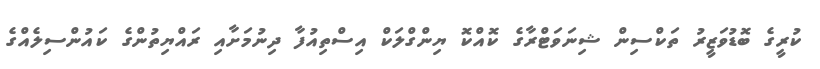
ކުރީގެ ބޮޑުވަޒީރު ތަކްސިން ޝިނަވަޓްރާގެ ކޮއްކޮ ޔިންގްލަކް އިސްތިއުފާ ދިނުމަށާއި ރައްޔިތުންގެ ކައުންސިލެއްގެ